Newspaper: The Portland daily press. [volume]
Place of publication: Portland, Me.
Publisher: N.A. Foster & Co.
Date: 1865-08-22 00:00:00
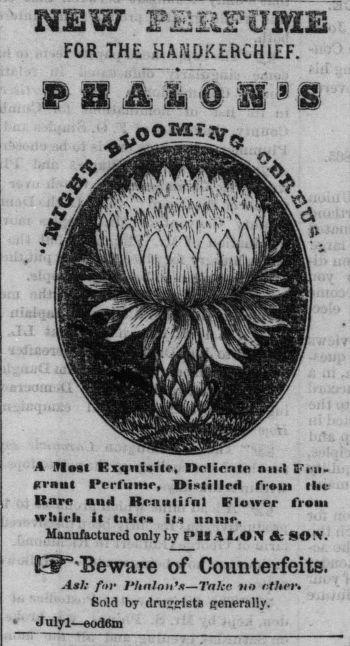
Advertisement text (OCR):
NEW F£IiPUBlE FOR THE HANDKERCHIEF. Piiifti'S A Most Kxqniwite, Delicate mid Frit ftrnut I'prfumr, Distilled from ilac Rare and Renulifnl Flower from whirl! it take* ih itnme. Manufactured only by PM A I-ON Sc SON. EdP'Beware of Counterfeits. AsJ; for 1*hnloufs—Take wo r.ther* Sold by druggets generally. 4 Julyl—eod6m
Label: illustrations